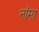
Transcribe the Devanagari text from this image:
नांमा